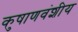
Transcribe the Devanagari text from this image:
कुषाणवंशीय